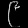
Digit: ၉